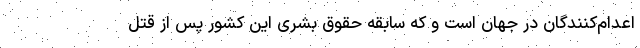
اعدام‌کنندگان در جهان است و که سابقه حقوق بشری این کشور پس از قتل